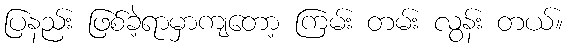
ပြနည်း ဖြစ်ခဲ့ရာမှာကျတော့ ကြမ်း တမ်း လွန်း တယ်။